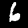
Digit: 6